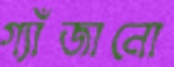
গ্যাঁজানো